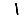
Digit: 1